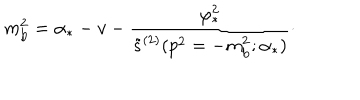
m _ { \mathrm { b } } ^ { 2 } = \alpha _ { * } - v - { \frac { \varphi _ { * } ^ { 2 } } { \tilde { s } ^ { ( 2 ) } ( p ^ { 2 } = - m _ { \mathrm { b } } ^ { 2 } ; \alpha _ { * } ) } } \cdotp